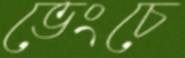
ভেংচে